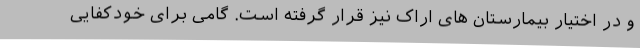
و در اختیار بیمارستان های اراک نیز قرار گرفته است. گامی برای خودکفایی